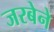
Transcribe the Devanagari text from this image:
जरबेने